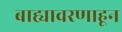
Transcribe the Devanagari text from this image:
बाह्यावरणाहून